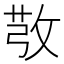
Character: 𢽔